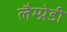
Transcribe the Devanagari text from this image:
लैम्प्रेडी